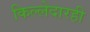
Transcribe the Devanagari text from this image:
किल्लेदारही